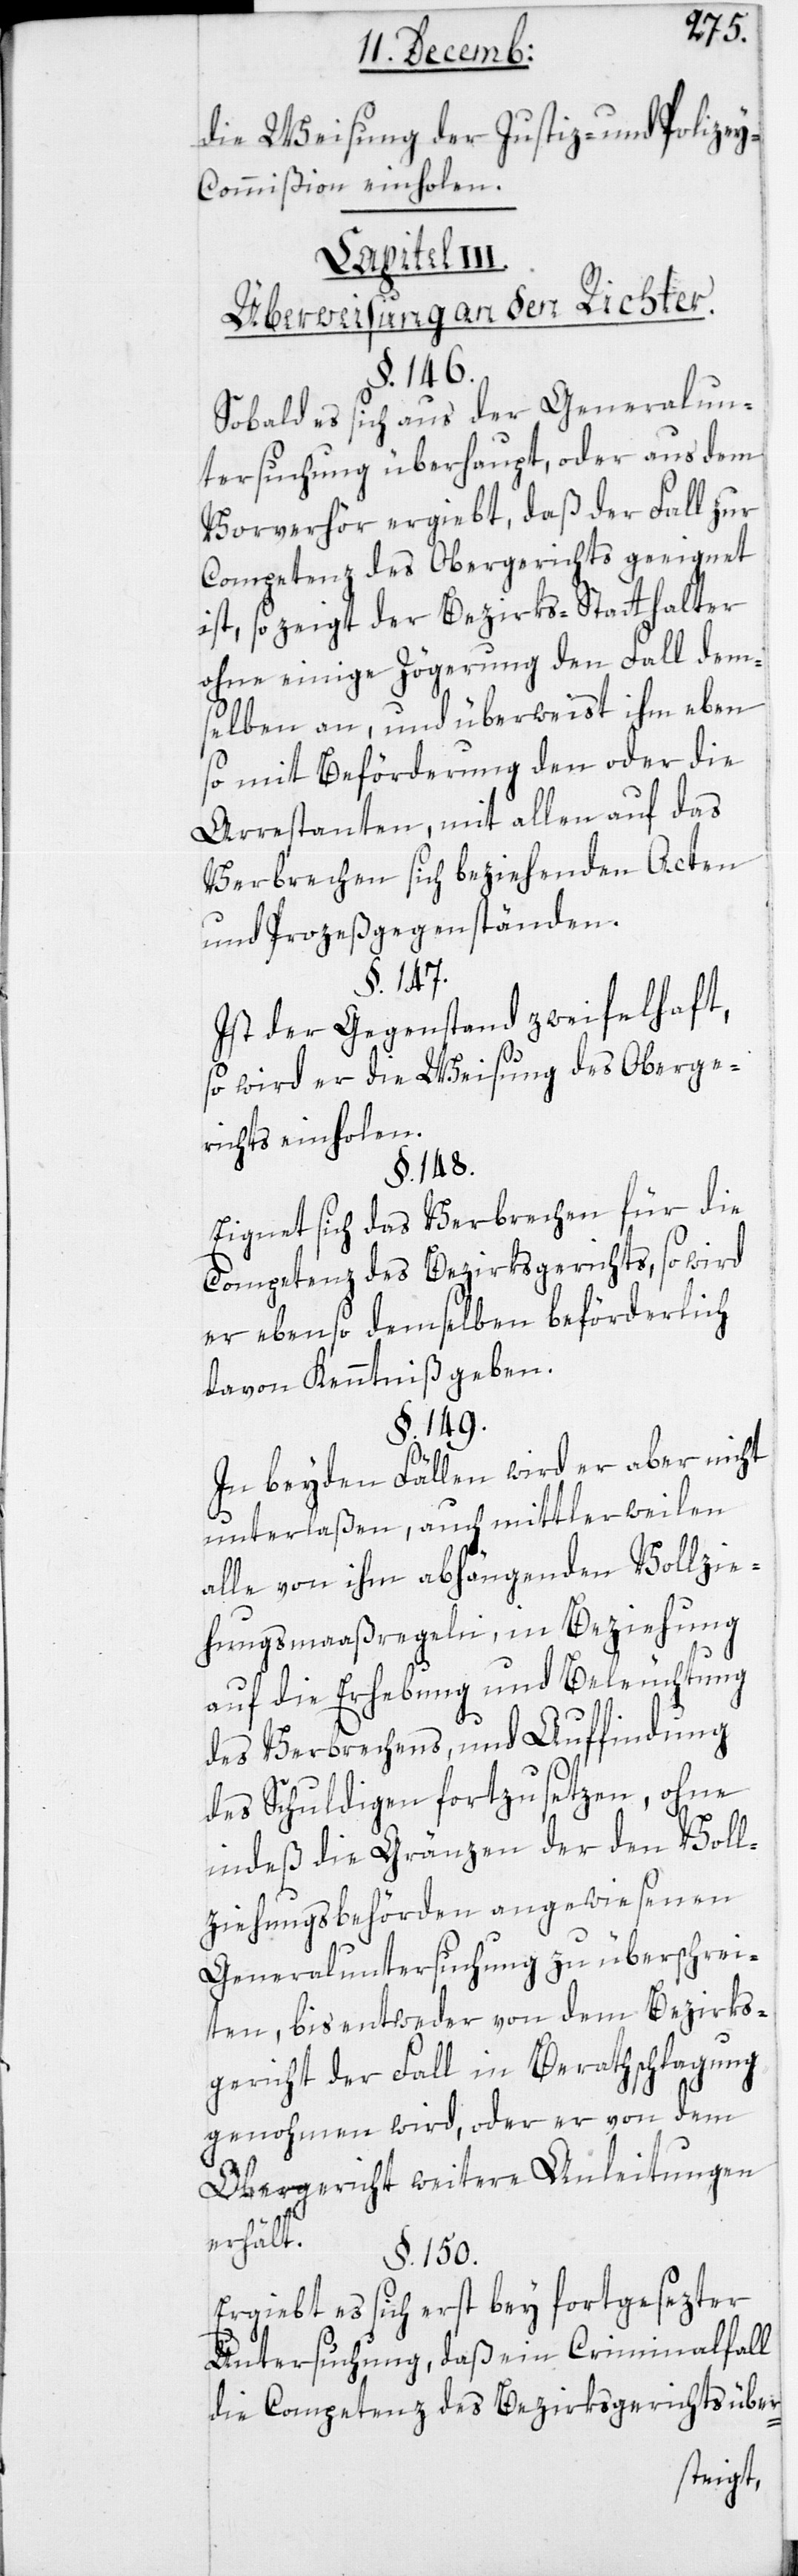
die Weisung der Justiz- und Polize¬
y-Commißion einholen.
Capitel III.
Überweisung an den Richter.
§. 146.
Sobald es sich aus der Generalun¬
tersuchung überhaupt, oder aus dem
Vorverhör ergiebt, daß der Fall zur
Competenz des Obergerichts geeignet
ist, so zeigt der Bezirks-Statthalter
ohne einige Zögerung den Fall dem¬
selben an, und überweist ihm eben¬
so mit Beförderung den oder die
Arrestanten, mit allen auf das
Verbrechen sich beziehenden Acten
und Prozeßgegenständen.
§. 147.
Ist der Gegenstand zweifelhaft,
so wird er die Weisung des Oberge¬
richts einholen.
§. 148.
Eignet sich das Verbrechen für die
Competenz des Bezirksgerichts, so wird
er ebenso demselben beförderlich
davon Kenntniß geben.
§. 149.
In beyden Fällen wird er aber nicht
unterlaßen, auch mittlerweilen
alle von ihm abhängenden Vollzie¬
hungsmaaßregeln, in Beziehung
auf die Erhebung und Beleuchtung
des Verbrechens, und Auffindung
des Schuldigen fortzusetzen, ohne
indeß die Gränzen der den Voll¬
ziehungsbehörden angewiesenen
Generaluntersuchung zu überschrei¬
ten, bis entweder von dem Bezirks¬
gericht der Fall in Beratschlagung
genohmen wird, oder er von dem
Obergericht weitere Anleitungen
erhält.
§. 150.
Ergiebt es sich erst bey fortgesezter
Untersuchung, daß ein Criminalfall
die Competenz des Bezirksgerichts über-